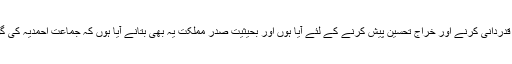
میں یہاں جماعت احمدیہ کی ملک و قوم کی ترقی کے لئے خدمات کی قدردانی کرنے اور خراجِ تحسین پیش کرنے کے لئے آیا ہوں اور بحیثیت صدرِ مملکت یہ بھی بتانے آیا ہوں کہ جماعت احمدیہ کی گورنمنٹ اور سیرالیون کی عوام کے دل میں کتنی عزت اور احترام ہے۔